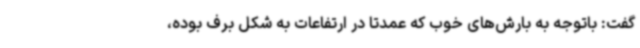
گفت: باتوجه به بارش‌های خوب که عمدتاً در ارتفاعات به شکل برف بوده،